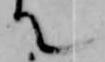
て